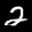
Label: 2